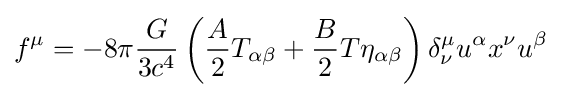
f^{\mu }=-8\pi {G \over {3c^{4}}}\left({A \over 2}T_{\alpha \beta }+{B \over 2}T\eta _{\alpha \beta }\right)\delta _{\nu }^{\mu }u^{\alpha }x^{\nu }u^{\beta }